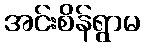
အင်းစိန်ရွာမ